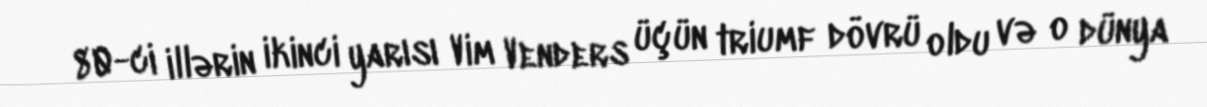
80-ci illərin ikinci yarısı Vim Venders üçün triumf dövrü oldu və o dünya